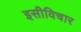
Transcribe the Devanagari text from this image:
इसीविचार